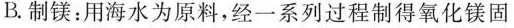
B.制镁：用海水为原料，经一系列过程制得氧化镁固